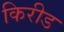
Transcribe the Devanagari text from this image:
किरीड